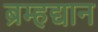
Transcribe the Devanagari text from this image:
ब्रम्हद्यान